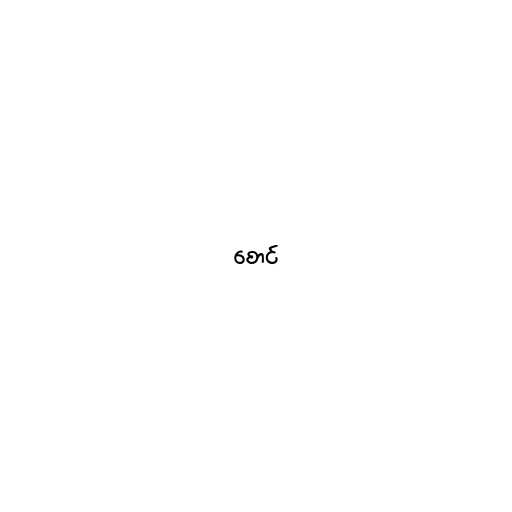
စောင်